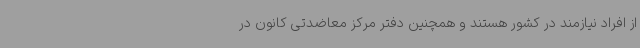
از افراد نیازمند در کشور هستند و همچنین دفتر مرکز معاضدتی کانون در